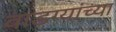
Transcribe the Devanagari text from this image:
वाडग्यांच्या